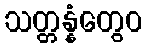
သတ္တန္နံတွေဝ